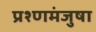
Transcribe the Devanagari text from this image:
प्रश्णमंजुषा